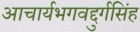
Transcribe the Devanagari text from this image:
आचार्यभगवद्दुर्गसिंह